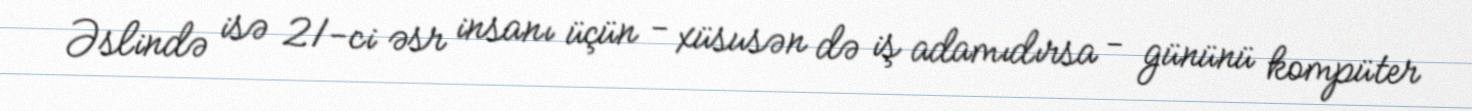
Əslində isə 21-ci əsr insanı üçün - xüsusən də iş adamıdırsa - gününü kompüter